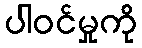
ပါဝင်မှုကို